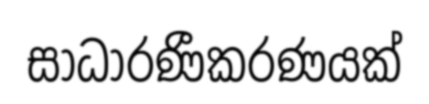
සාධාරණීකරණයක්